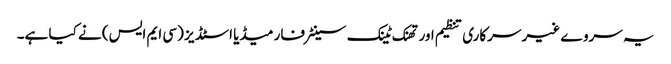
یہ سروے غیر سرکاری تنظیم اور تھنک ٹینک سینٹر فار میڈیا اسٹڈیز (سی ایم ایس) نے کیا ہے۔